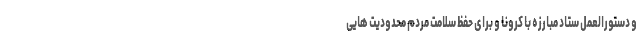
و دستورالعمل ستاد مبارزه با کرونا و برای حفظ سلامت مردم محدودیت هایی